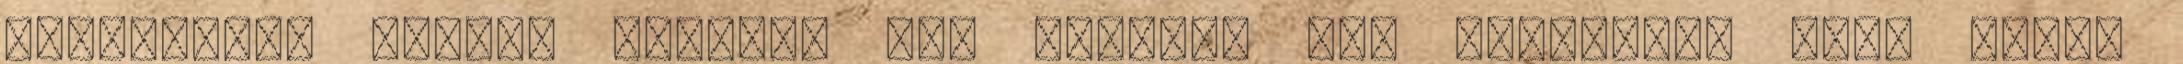
könnyeimet nyelem vissza. Meg kellene már tanulnom, hogy előbb